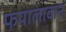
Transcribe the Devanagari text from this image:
फयालावान